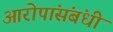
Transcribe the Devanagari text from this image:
आरोपांसंबंधी